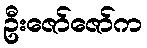
ဦးဇော်ဇော်က